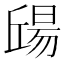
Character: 𣉠